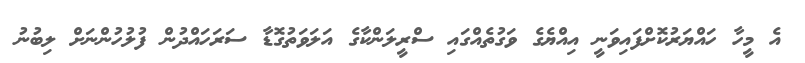
އެ މީހާ ހައްޔަރުކޮށްފައިވަނީ އިއްޔެގެ ވަގުތެއްގައި ސްރީލަންކާގެ އަލަވަތުގޮޑާ ސަރަހައްދުން ފުލުހުންނަށް ލިބުނު